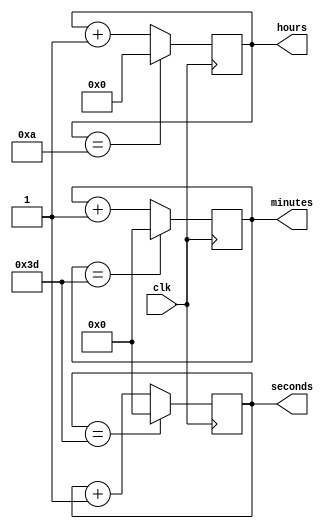
module binary_clock_divider (
    input wire clk,            // Input clock signal
    output reg [3:0] hours,    // Output signal for hours
    output reg [5:0] minutes,  // Output signal for minutes
    output reg [5:0] seconds   // Output signal for seconds
);

reg [3:0] count_hours = 4'b0000;    // Counter for hours
reg [5:0] count_minutes = 6'b000000; // Counter for minutes
reg [5:0] count_seconds = 6'b000000; // Counter for seconds

always @(posedge clk) begin
    // Hour counter logic
    if(count_hours == 4'b1010) begin
        count_hours <= 4'b0000;
    end else begin
        count_hours <= count_hours + 1;
    end
    
    // Minute counter logic
    if(count_minutes == 6'b111101) begin
        count_minutes <= 6'b000000;
    end else begin
        count_minutes <= count_minutes + 1;
    end
    
    // Second counter logic
    if(count_seconds == 6'b111101) begin
        count_seconds <= 6'b000000;
    end else begin
        count_seconds <= count_seconds + 1;
    end
end

// Assigning output signals
assign hours = count_hours;
assign minutes = count_minutes;
assign seconds = count_seconds;

endmodule